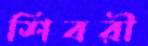
শিবরী